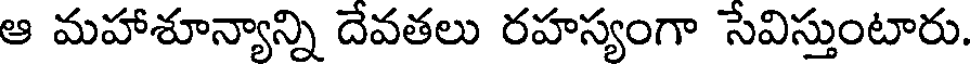
ఆ మహాశూన్యాన్ని దేవతలు రహస్యంగా సేవిస్తుంటారు.